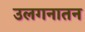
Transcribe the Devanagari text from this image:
उलगनातन